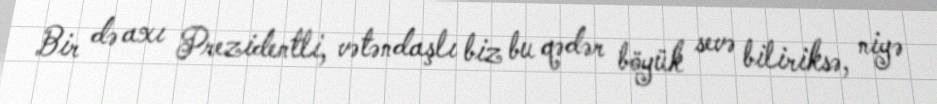
Bir də axı Prezidentli, vətəndaşlı biz bu qədər böyük sevə biliriksə, niyə